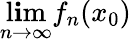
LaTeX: \operatorname*{l\mathbf{i}m}_{n\to\infty}f_{n}(x_{0})